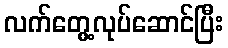
လက်တွေ့လုပ်ဆောင်ပြီး